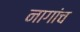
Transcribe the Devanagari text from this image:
नागांच